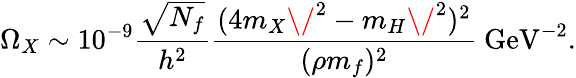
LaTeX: \Omega_{X}\sim 10^{-9}{\frac{\sqrt{N_{f}}}{h^{2}}}{\frac{(4m_{X}\/ ^{2}-m_{H}\/ ^{2})^{2}}{(\rho m_{f})^{2}}}\mathrm{~GeV}^{-2}.